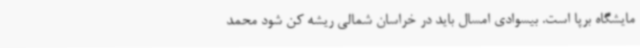
مایشگاه برپا است. بیسوادی امسال باید در خراسان شمالی ریشه کن شود محمد